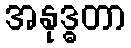
အနုဒ္ဓတာ